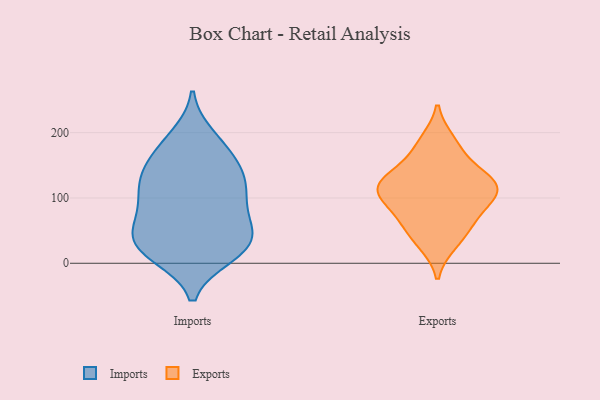
{"axis": {"x": "Demand Index", "y": "Value"}, "legend": ["Exports", "Imports"], "data": [{"x": "", "y": 14, "type": "Imports"}, {"x": "", "y": 107, "type": "Imports"}, {"x": "", "y": 53, "type": "Imports"}, {"x": "", "y": 116, "type": "Imports"}, {"x": "", "y": 23, "type": "Imports"}, {"x": "", "y": 112, "type": "Imports"}, {"x": "", "y": 143, "type": "Imports"}, {"x": "", "y": 139, "type": "Imports"}, {"x": "", "y": 63, "type": "Imports"}, {"x": "", "y": 146, "type": "Imports"}, {"x": "", "y": 194, "type": "Imports"}, {"x": "", "y": 37, "type": "Imports"}, {"x": "", "y": 19, "type": "Imports"}, {"x": "", "y": 168, "type": "Imports"}, {"x": "", "y": 102, "type": "Imports"}, {"x": "", "y": 12, "type": "Imports"}, {"x": "", "y": 35, "type": "Imports"}, {"x": "", "y": 50, "type": "Imports"}, {"x": "", "y": 183, "type": "Imports"}, {"x": "", "y": 79, "type": "Imports"}, {"x": "", "y": 189, "type": "Exports"}, {"x": "", "y": 108, "type": "Exports"}, {"x": "", "y": 89, "type": "Exports"}, {"x": "", "y": 53, "type": "Exports"}, {"x": "", "y": 29, "type": "Exports"}, {"x": "", "y": 69, "type": "Exports"}, {"x": "", "y": 162, "type": "Exports"}, {"x": "", "y": 126, "type": "Exports"}, {"x": "", "y": 129, "type": "Exports"}, {"x": "", "y": 123, "type": "Exports"}, {"x": "", "y": 105, "type": "Exports"}]}